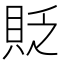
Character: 貶